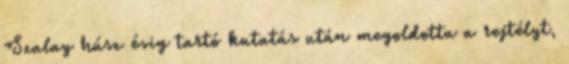
Szalay húsz évig tartó kutatás után megoldotta a rejtélyt,